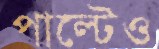
পাল্টেও